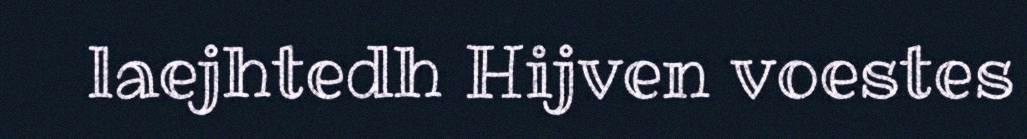
laejhtedh Hijven voestes